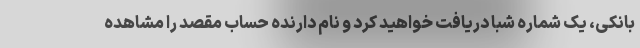
بانکی، یک شماره شبا دریافت خواهید کرد و نام دارنده حساب مقصد را مشاهده